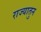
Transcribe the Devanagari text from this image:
राज्यातुन